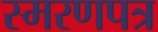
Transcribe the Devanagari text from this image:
स्मरणपत्र